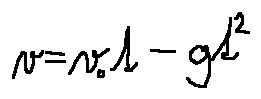
v = v _ { 0 } t - g t ^ { 2 }